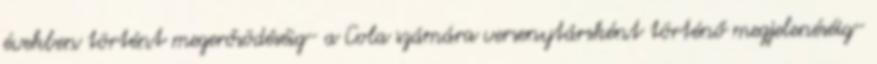
években történt megerősödéséig- a Cola számára versenytársként történő megjelenéséig-